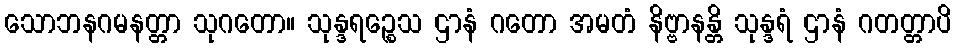
သောဘနဂမနတ္တာ သုဂတော။ သုန္ဒရဉ္စေသ ဌာနံ ဂတော အမတံ နိဗ္ဗာနန္တိ သုန္ဒရံ ဌာနံ ဂတတ္တာပိ